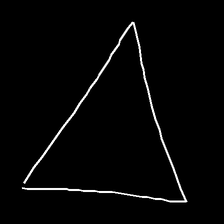
Glyph: convergence